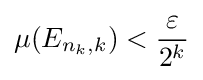
\mu (E_{n_{k},k})<{\frac {\varepsilon }{2^{k}}}